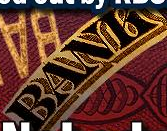
BANH